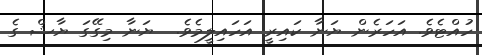
ހުއްޓެވެ. އަހަރެން ޔަނާ ކައިރީ އަހައިލީމެވެ.  ޔަނާ މިގޭގަ ޔާޝް ގެ